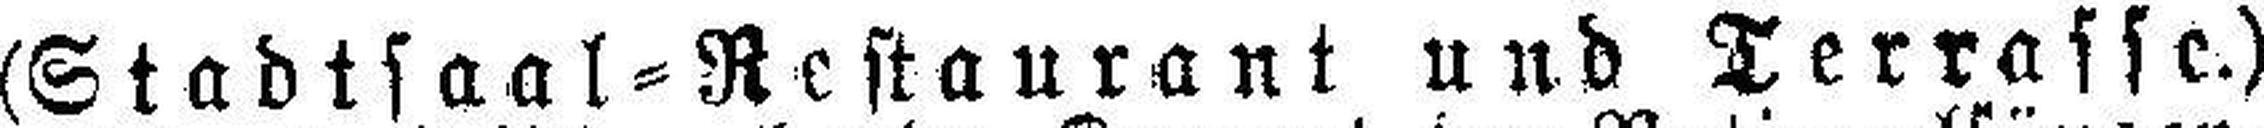
(Stadlsaal=Restaurant und Terrasse.)